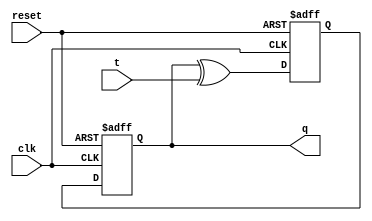
module T_flipflop(
    input wire clk,
    input wire reset,
    input wire t,
    output reg q
);

reg d;

always @ (posedge clk or posedge reset) begin
    if (reset) begin
        d <= 1'b0;
    end else begin
        d <= q ^ t;
    end
end

always @ (posedge clk or posedge reset) begin
    if (reset) begin
        q <= 1'b0;
    end else begin
        q <= d;
    end
end

endmodule